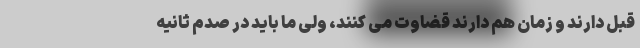
قبل دارند و زمان هم دارند قضاوت می کنند، ولی ما باید در صدم ثانیه